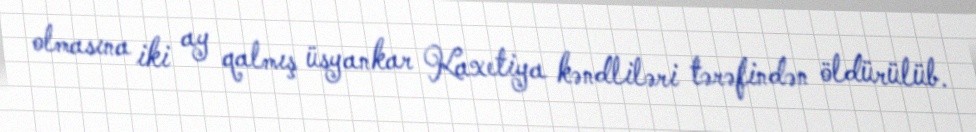
olmasına iki ay qalmış üsyankar Kaxetiya kəndliləri tərəfindən öldürülüb.